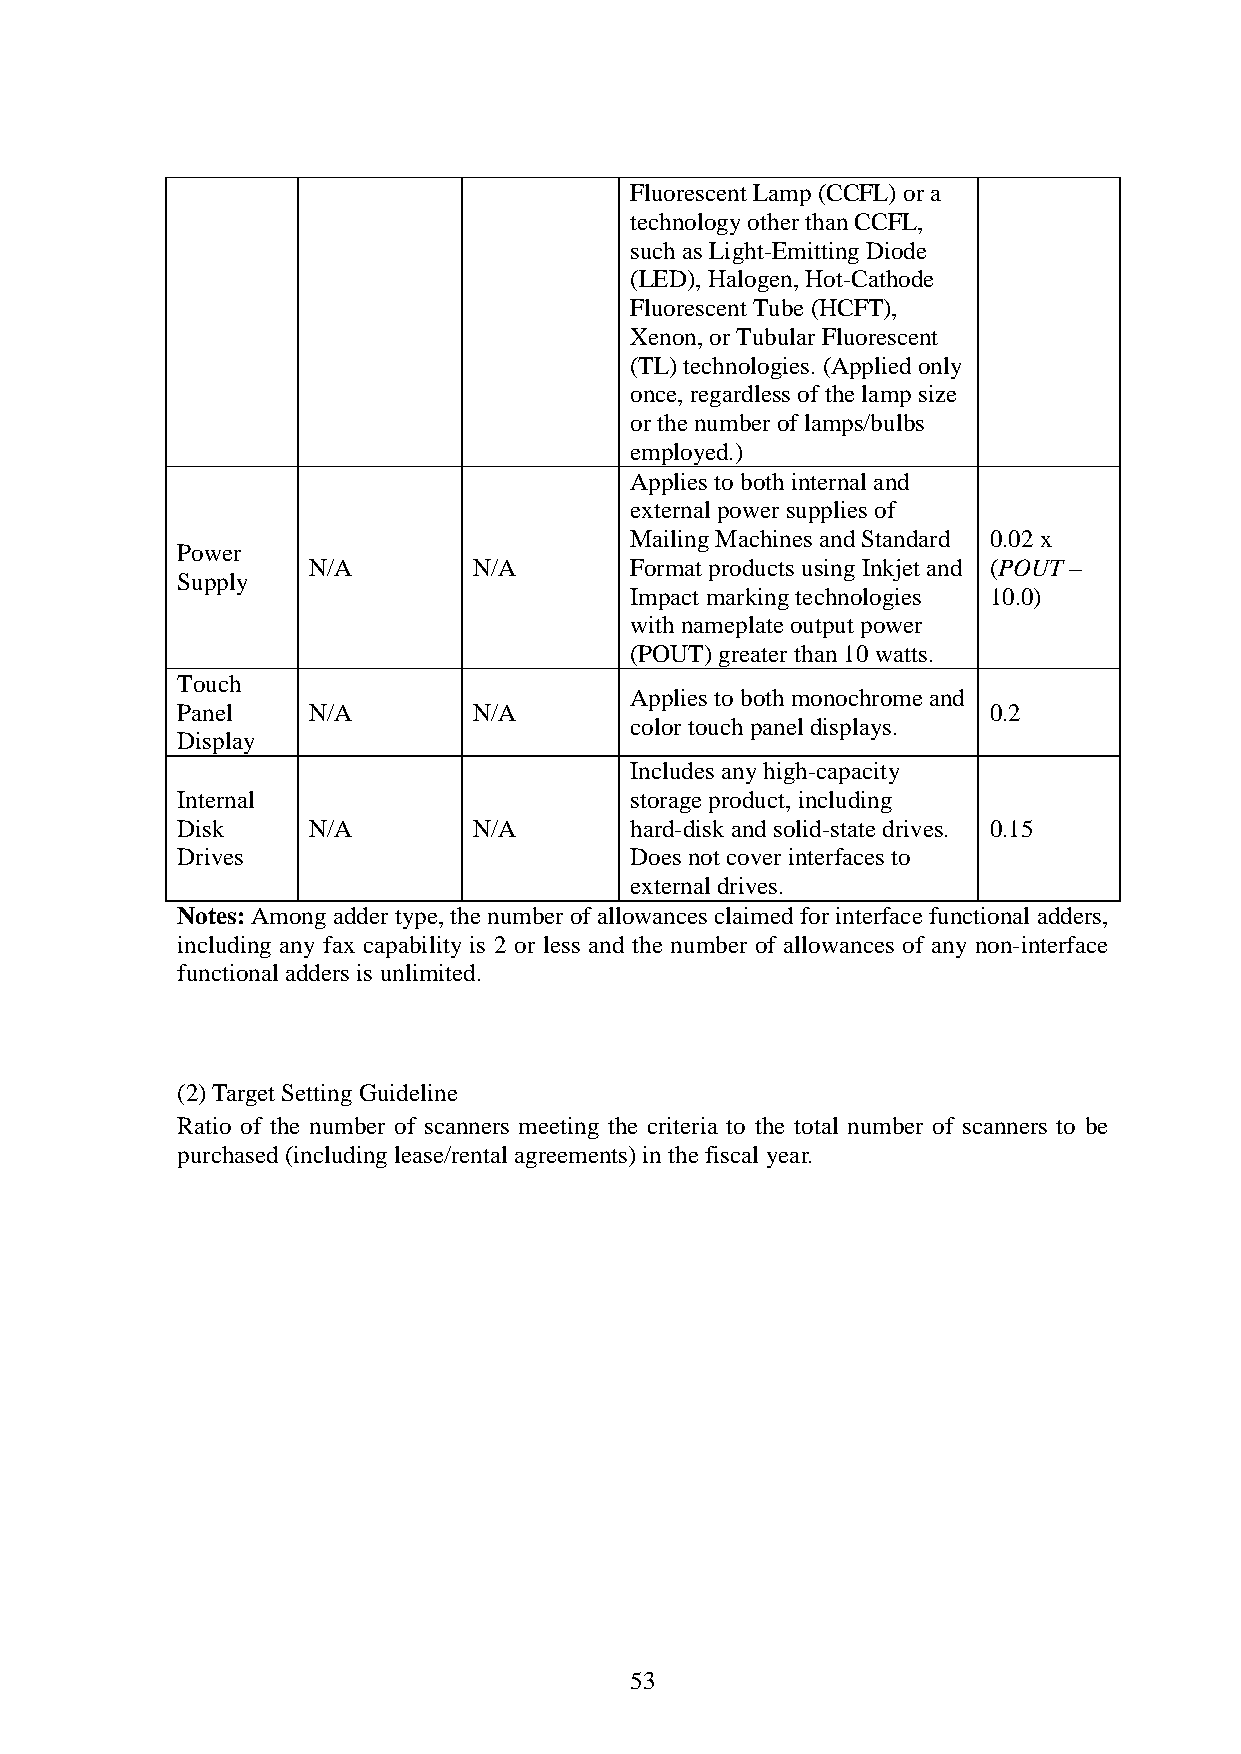
Fluorescent Lamp (CCFL) or a
 technology other than CCFL,
 such as Light-Emitting Diode
 (LED), Halogen, Hot-Cathode
 Fluorescent Tube (HCFT),
 Xenon, or Tubular Fluorescent
 (TL) technologies. (Applied only
 once, regardless of the lamp size
 or the number of lamps/bulbs
 employed.)
 Applies to both internal and
 external power supplies of
 Mailing Machines and Standard 0.02 x
 Power
 N/A        N/A        Format products using Inkjet and (POUT –
 Supply
 Impact marking technologies 10.0)
 with nameplate output power
 (POUT) greater than 10 watts.
 Touch
 Applies to both monochrome and
 Panel   N/A        N/A                               0.2
 color touch panel displays.
 Display
 Includes any high-capacity
 Internal                      storage product, including
 Disk    N/A        N/A        hard-disk and solid-state drives. 0.15
 Drives                        Does not cover interfaces to
 external drives.
 Notes: Among adder type, the number of allowances claimed for interface functional adders,
 including any fax capability is 2 or less and the number of allowances of any non-interface
 functional adders is unlimited.
 (2) Target Setting Guideline
 Ratio of the number of scanners meeting the criteria to the total number of scanners to be
 purchased (including lease/rental agreements) in the fiscal year.
 53